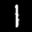
Label: 1